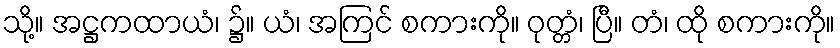
သို့။ အဋ္ဌကထာယံ၊ ၌။ ယံ၊ အကြင် စကားကို။ ဝုတ္တံ၊ ပြီ။ တံ၊ ထို စကားကို။